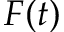
F ( t )